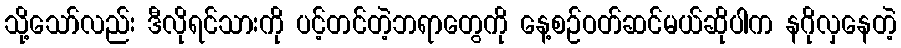
သို့သော်လည်း ဒီလိုရင်သားကို ပင့်တင်တဲ့ဘရာတွေကို နေ့စဉ်ဝတ်ဆင်မယ်ဆိုပါက နဂိုလှနေတဲ့